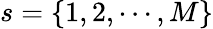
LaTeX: s=\{ 1,2,\cdots,M\}